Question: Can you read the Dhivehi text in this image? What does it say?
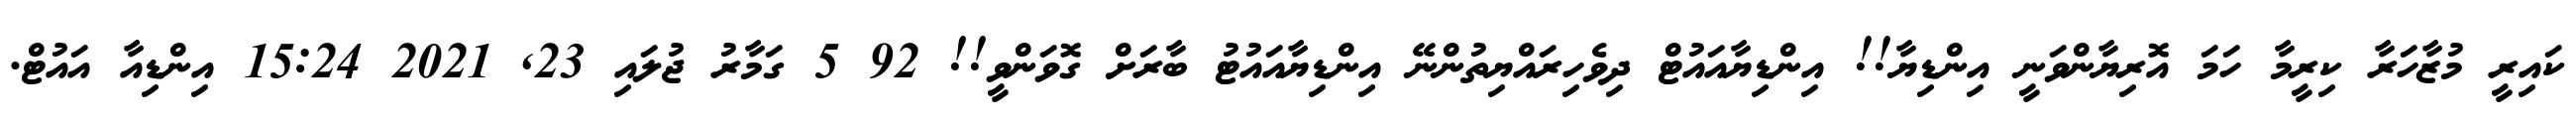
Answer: ކައިރީ މުޒާހަރާ ކިރީމާ ހަމަ އޮރިޔާންވަނީ އިންޑިޔާ!! އިންޑިޔާއައުޓް ދިވެހިރައްޔިތުންނޭ އިންޑިޔާއައުޓު ބާރަށް ގޮވަންވީ!! 92 5 ގަމާރު ޖުލައި 23, 2021 15:24 އިންޑިއާ އައުޓް.